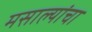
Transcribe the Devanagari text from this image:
मसाल्यांचा